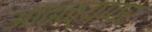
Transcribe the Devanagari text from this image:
आढळ्यावर